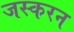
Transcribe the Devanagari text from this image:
जस्करन